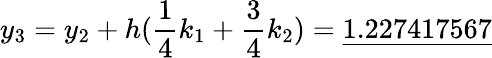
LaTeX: y_{3}=y_{2}+h({\frac{1}{4}}k_{1}+{\frac{3}{4}}k_{2})={\underline{{1.227417567}}}